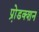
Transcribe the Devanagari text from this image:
प्रो़डक्शन